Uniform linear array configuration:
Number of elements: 16
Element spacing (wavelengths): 0.25
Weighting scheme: hamming
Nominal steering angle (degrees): -60
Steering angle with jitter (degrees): -60.54
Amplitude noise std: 0.05
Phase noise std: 0.05

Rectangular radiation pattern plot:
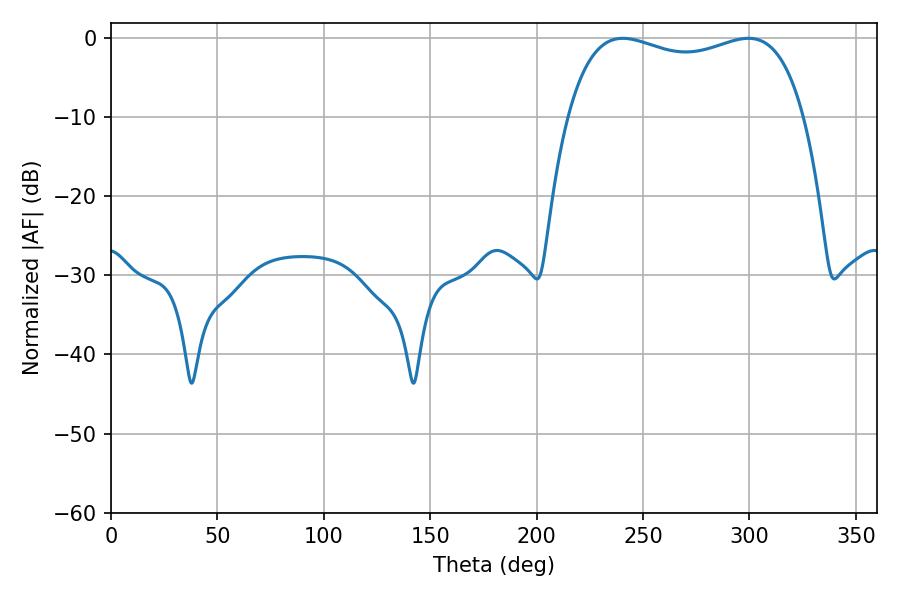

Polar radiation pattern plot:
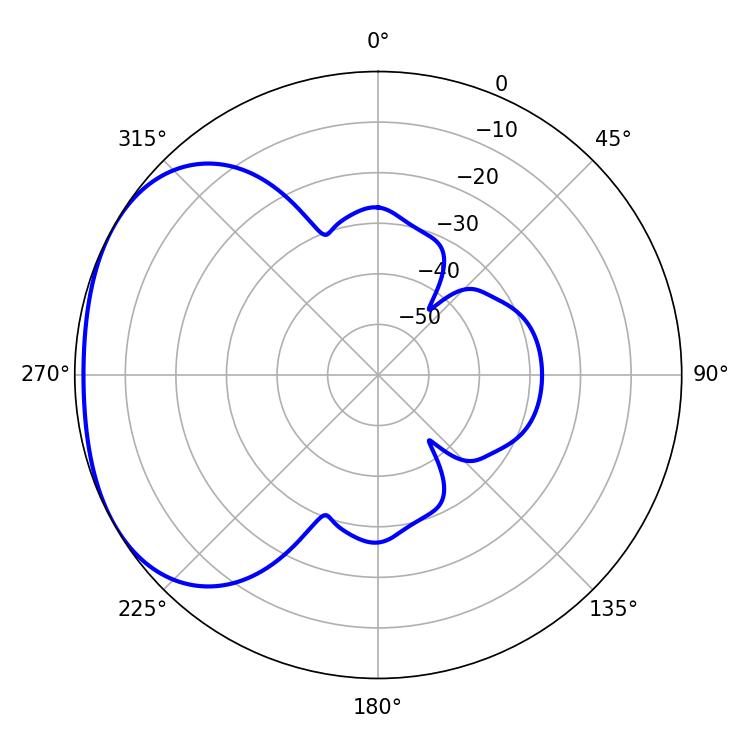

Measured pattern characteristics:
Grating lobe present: FALSE
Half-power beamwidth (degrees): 91.08
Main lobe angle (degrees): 240.48